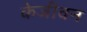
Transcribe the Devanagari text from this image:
केजीवन